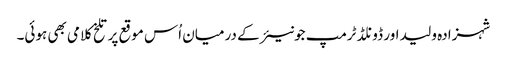
شہزادہ ولید اور ڈونلڈ ٹرمپ جونیئر کے درمیان اُس موقع پر تلخ کلامی بھی ہوئی۔